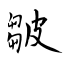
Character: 皺